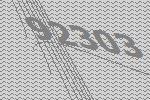
92303